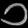
Digit: ၁